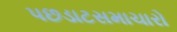
પછડાટસમાચારો